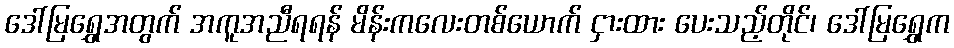
ဒေါ်မြရွှေအတွက် အကူအညီရရန် မိန်းကလေးတစ်ယောက် ငှားထား ပေးသည့်တိုင်၊ ဒေါ်မြရွှေက